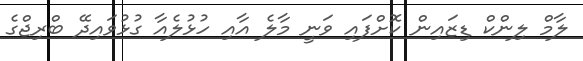
ލާމް ލިންކް ޑިޒައިން ކޮށްފައި ވަނީ މާލެ އާއި ހުޅުލެއާ ގުޅުވައިދޭ ބްރިޖްގެ